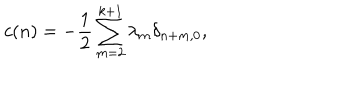
c ( n ) = - { \frac { 1 } { 2 } } \sum _ { m = 2 } ^ { k + 1 } \lambda _ { m } \delta _ { n + m , 0 } ,